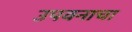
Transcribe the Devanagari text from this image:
उपवनाचा